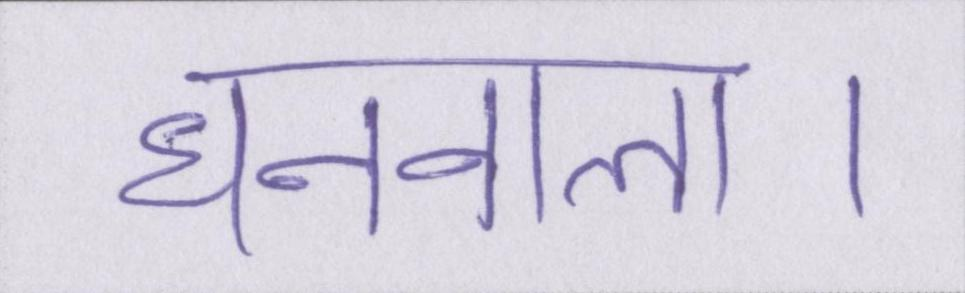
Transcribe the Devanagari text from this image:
धनवाला।